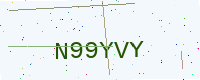
Text: N99YVY